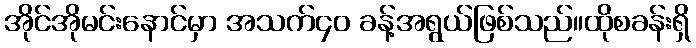
အိုင်အိုမင်းနောင်မှာ အသက်၄၀ ခန့်အရွယ်ဖြစ်သည်။ထိုစခန်းရှိ